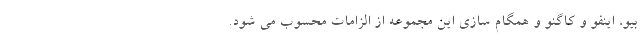
بیو، اینفو و کاگنو و همگام­ سازی این مجموعه از الزامات محسوب می ­شود.